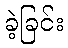
ခဲ့ခြင်း